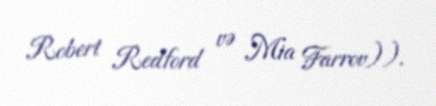
Robert Redford və Mia Farrov)).